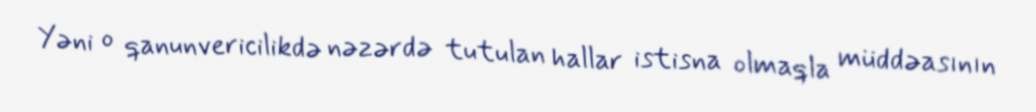
Yəni o qanunvericilikdə nəzərdə tutulan hallar istisna olmaqla müddəasının